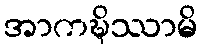
အာကဍ္ဎိဿာမိ